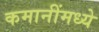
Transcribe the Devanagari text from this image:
कमानींमध्ये